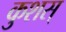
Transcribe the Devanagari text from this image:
कुशस्